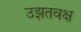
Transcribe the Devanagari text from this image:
उझतवक्ष